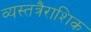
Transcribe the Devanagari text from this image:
व्यस्तत्रैराशिक